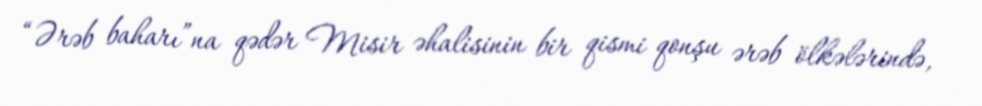
“Ərəb baharı”na qədər Misir əhalisinin bir qismi qonşu ərəb ölkələrində,